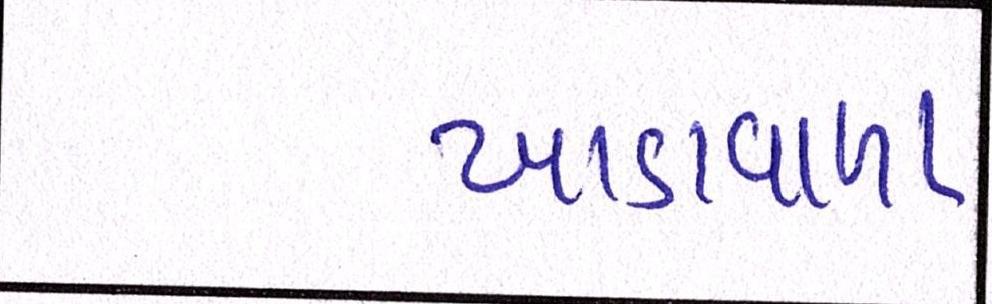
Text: ખાડાવાળા